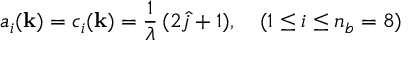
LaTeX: a _ { i } ( { \bf k } ) = c _ { i } ( { \bf k } ) = \frac { 1 } { \lambda } \, ( 2 \hat { j } + 1 ) , \quad ( 1 \leq i \leq n _ { b } = 8 )